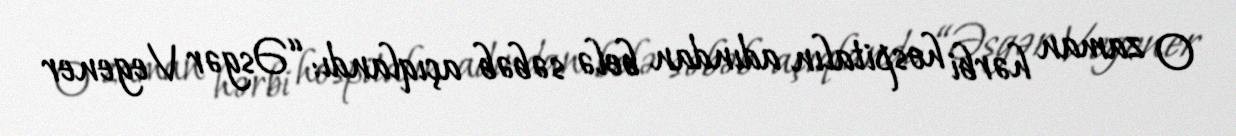
O zaman hərbi hospitalın adından belə səbəb açıqlandı: “Əsgər Vegener